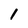
Character: 1